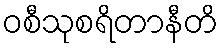
ဝစီသုစရိတာနီတိ